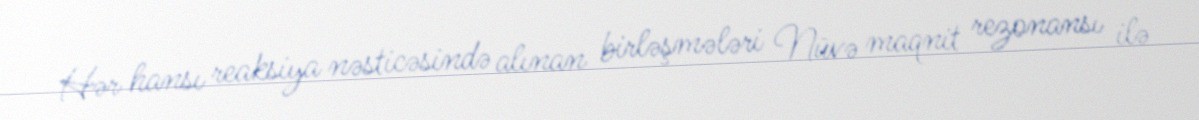
Hər hansı reaksiya nəsticəsində alınan birləşmələri Nüvə maqnit rezonansı ilə